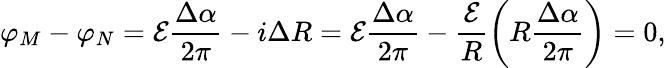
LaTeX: \varphi_{M}-\varphi_{N}=\mathcal E\frac{\Delta\alpha}{2\pi}-i\Delta R=\mathcal E\frac{\Delta\alpha}{2\pi}-\frac{\mathcal E}{R}\left(R\frac{\Delta\alpha}{2\pi}\right)=0,